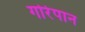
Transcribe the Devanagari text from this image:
गोरेपान